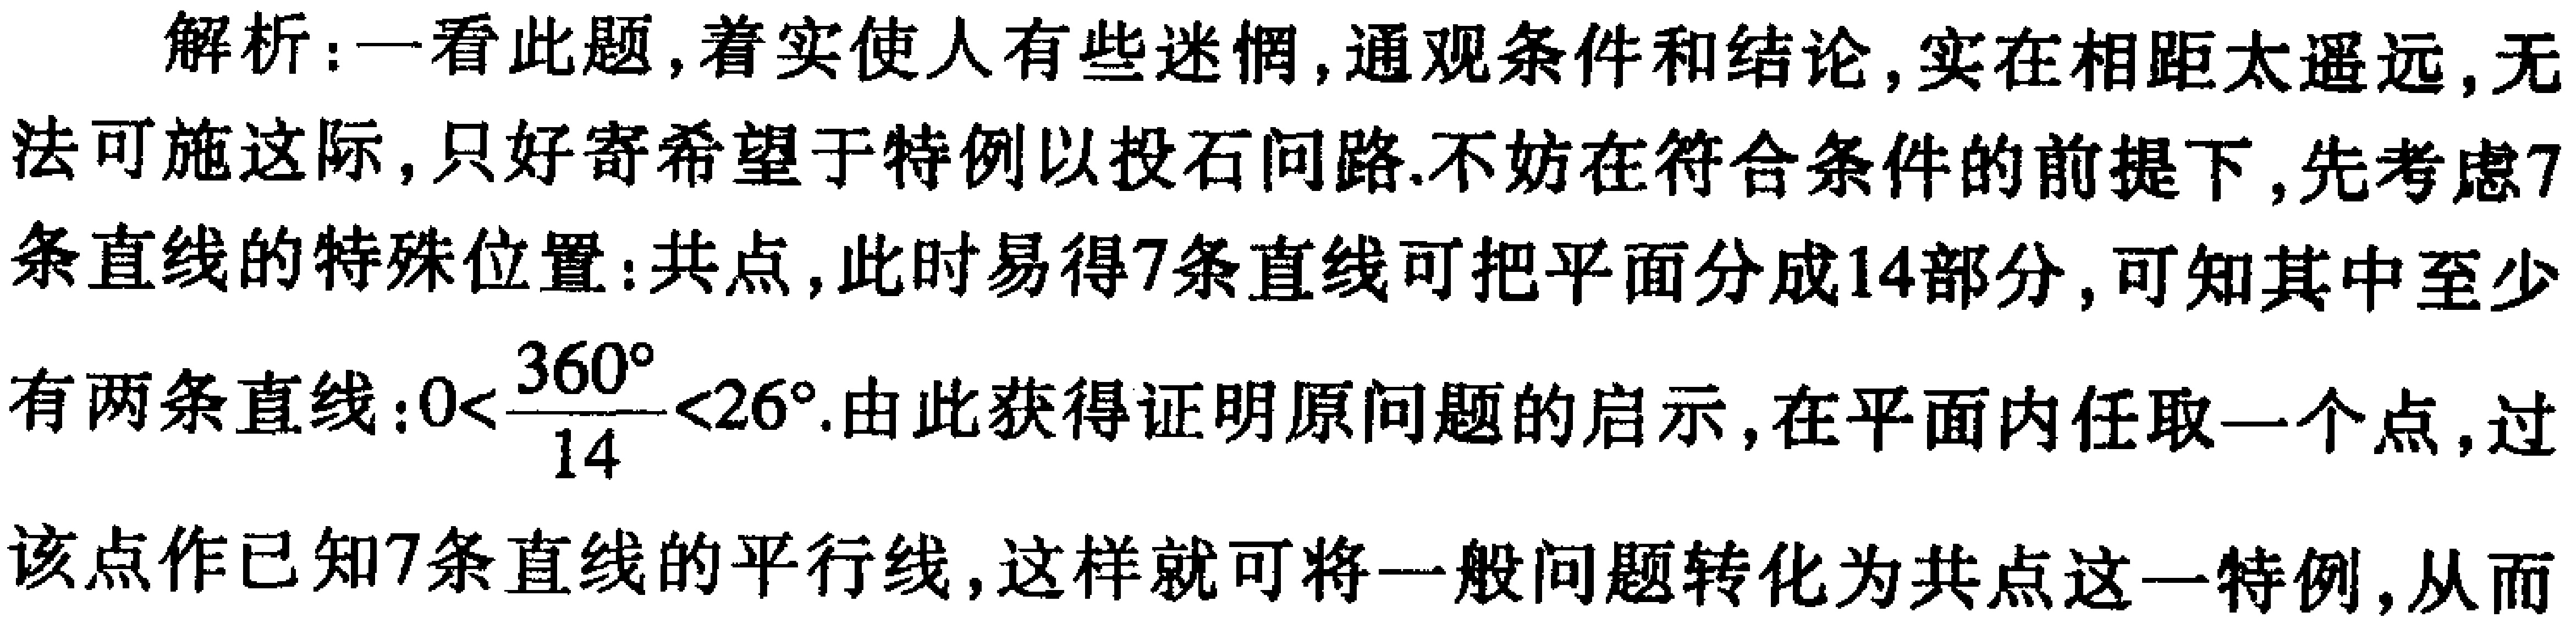
解析：一看此题,着实使人有些迷惘,通观条件和结论,实在相距太遥远,无法可施这际,只好寄希望于特例以投石问路.不妨在符合条件的前提下,先考虑7条直线的特殊位置:共点,此时易得7条直线可把平面分成14部分,可知其中至少有两条直线：\(0<\frac{360^{\circ}}{14}<26^{\circ}\).由此获得证明原问题的启示,在平面内任取一个点,过该点作已知7条直线的平行线,这样就可将一般问题转化为共点这一特例,从而